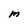
Character: M